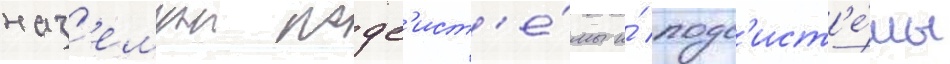
наз'емнои подс'ист'е́мы и́ подс'ист'е́мы